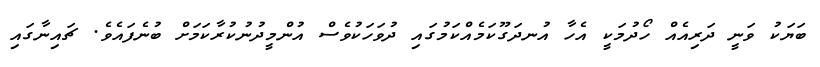
ބަޔަކު ވަނީ ދަރިއެއް ހޯދުމަކީ އެހާ އުނދަގޫކަމެއްކަމުގައި ދުވަހަކުވެސް އުންމީދުނުކުރާކަމަށް ބުނެފައެވެ. ޗައިނާގައި